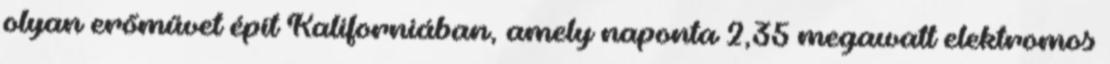
olyan erőművet épít Kaliforniában, amely naponta 2,35 megawatt elektromos